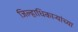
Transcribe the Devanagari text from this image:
जिल्हाधिकाऱ्यांच्या